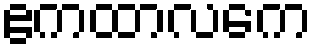
ဧကထာလကေ